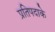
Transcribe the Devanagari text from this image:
प्रतिपदाके